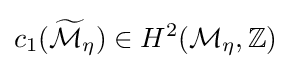
c_{1}({\widetilde {\mathcal {M}}}_{\eta })\in H^{2}({\mathcal {M}}_{\eta },\mathbb {Z} )